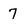
Character: 7